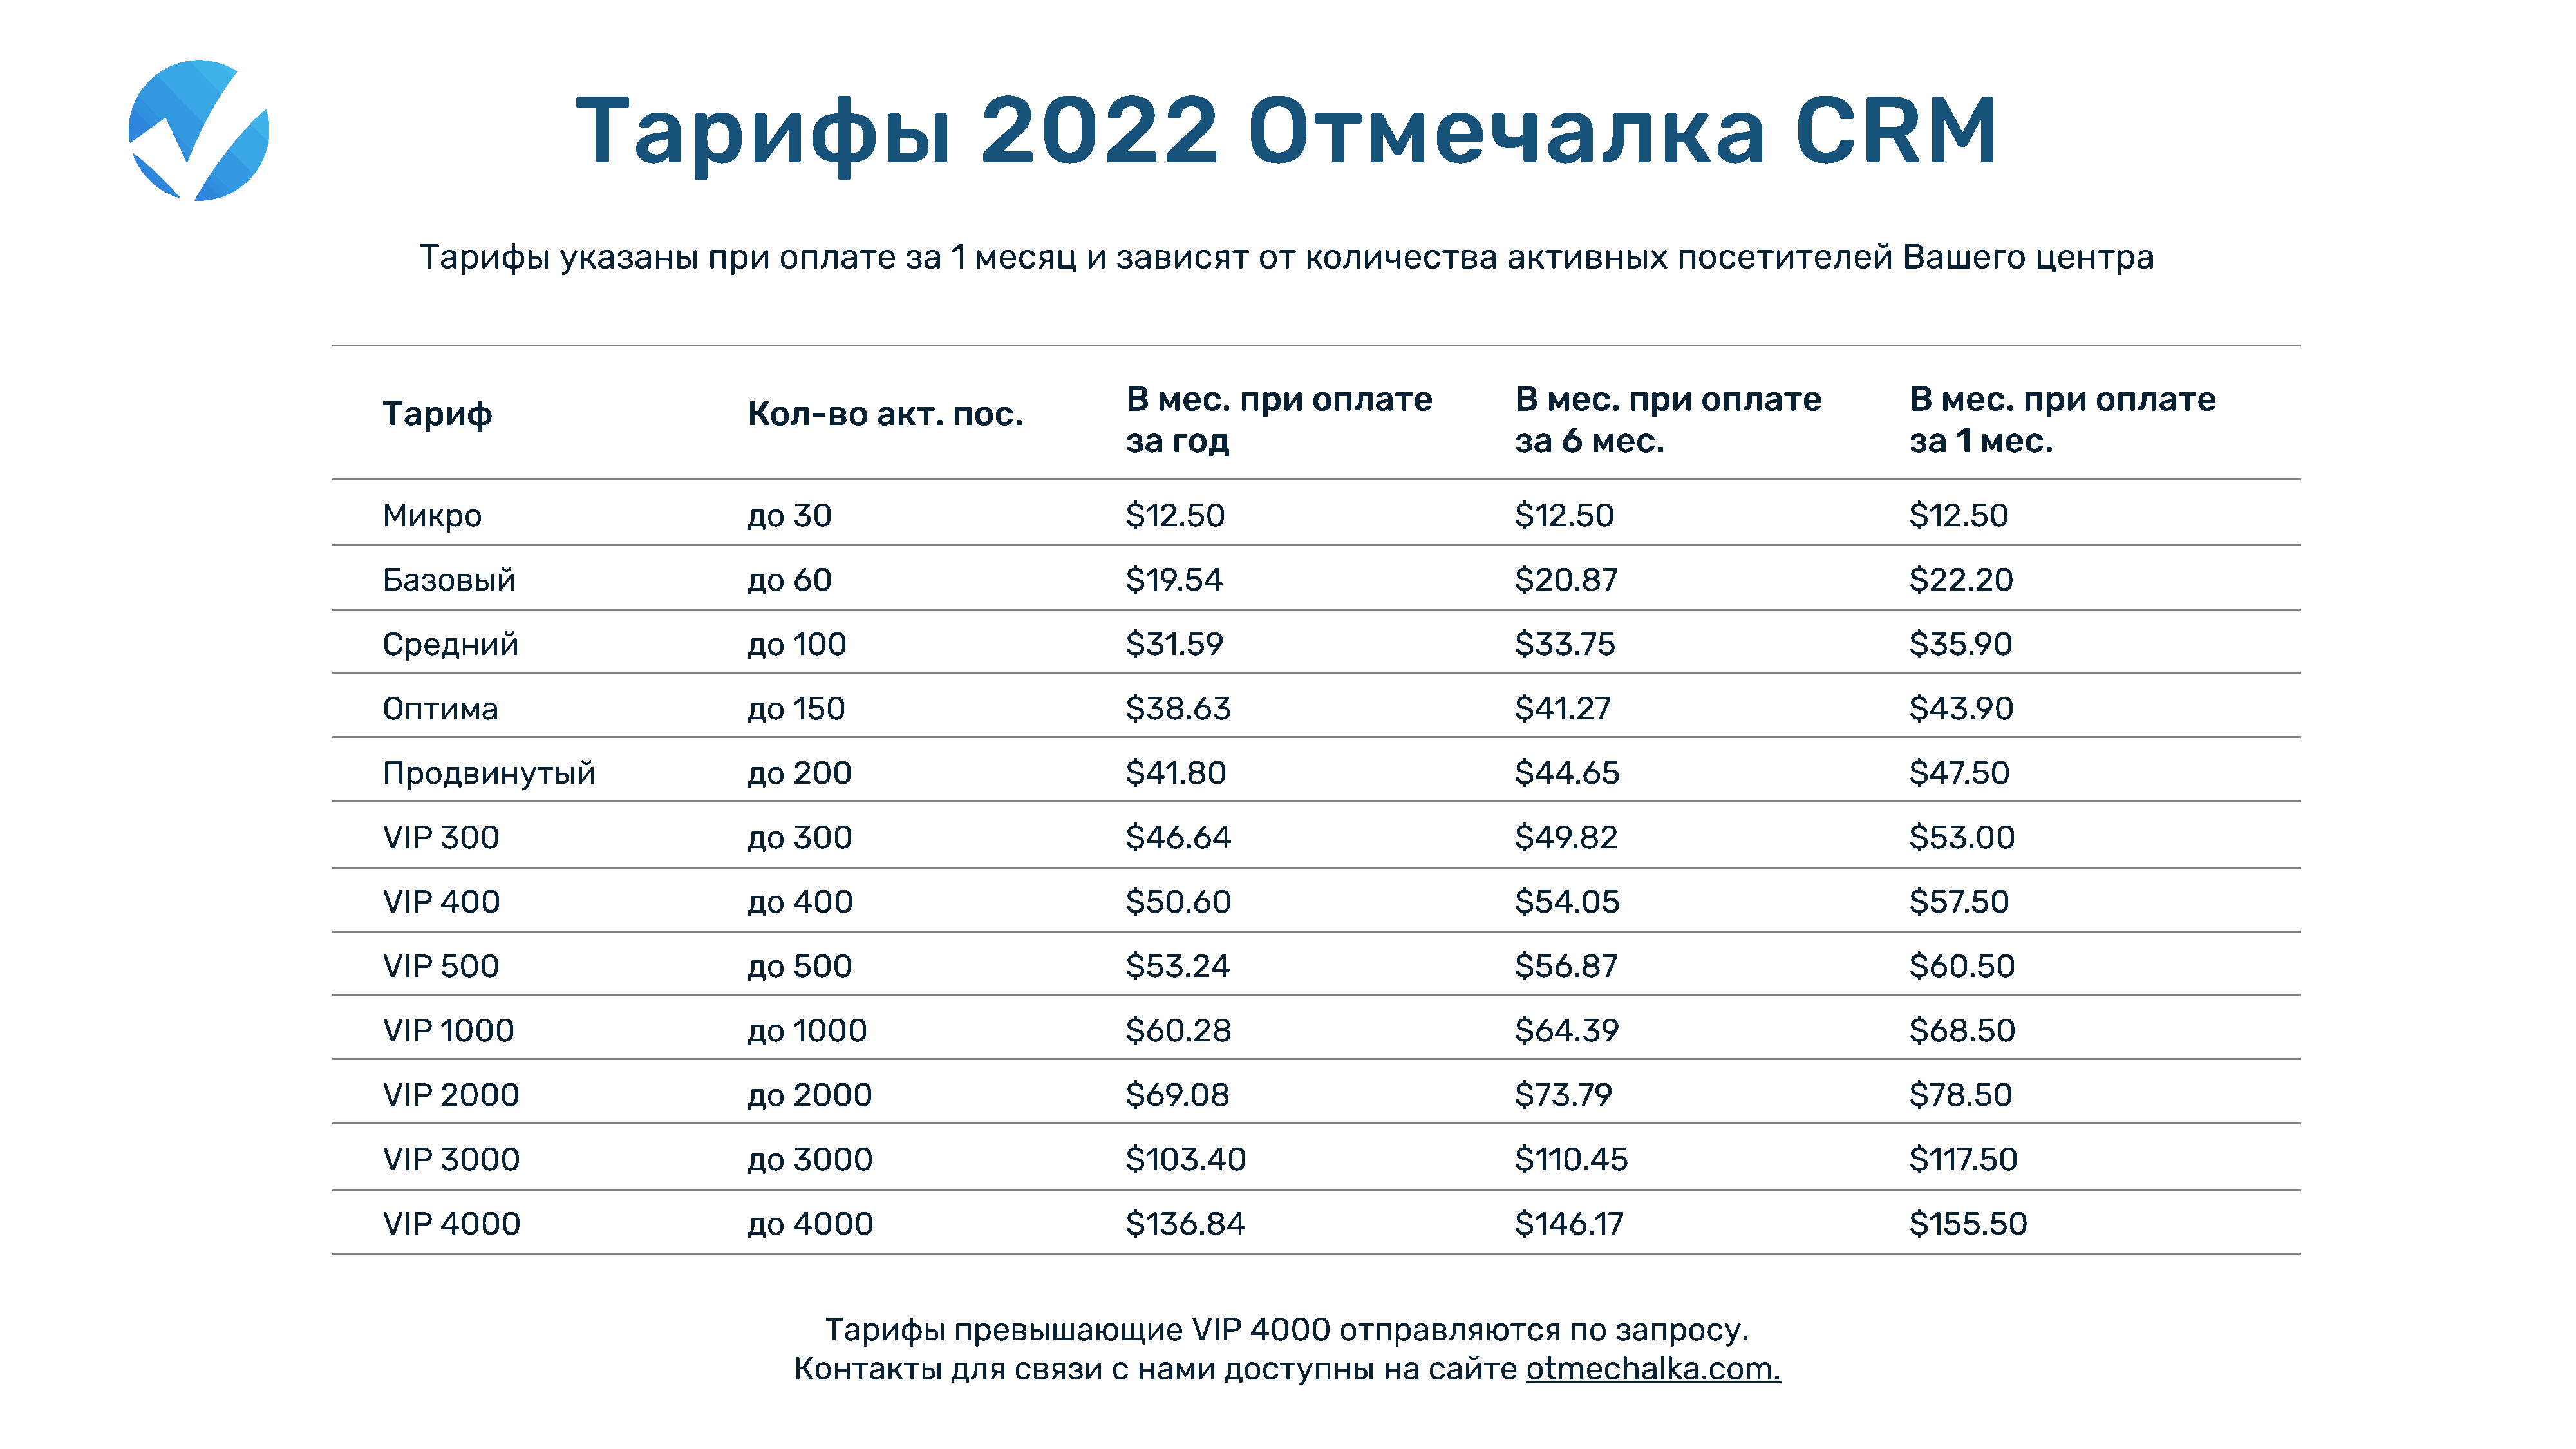
Тарифы                                    2022                       Отмечалка                                               CRM
 Тарифы        указаны         при    оплате       за   1 месяц       и  зависят       от   количества           активных         посетителей             Вашего       центра
 В  мес.    при     оплате
 В  мес.    при     оплате               В   мес.    при    оплате
 Тариф                                 Кол-во       акт.    пос.
 за   год
 за   6  мес.
 за   1  мес.
 Микро
 до   30
 $12.50
 $12.50
 $12.50
 Базовый
 до   60
 $19.54                                  $20.87                                  $22.20
 Средний
 до   100
 $31.59                                  $33.75                                  $35.90
 Оптима
 до   150
 $38.63                                  $41.27                                  $43.90
 Продвинутый
 до   200
 $41.80                                  $44.65                                  $47.50
 VIP   300
 до   300
 $46.64                                  $49.82                                  $53.00
 VIP   400
 до   400
 $50.60                                  $54.05                                  $57.50
 VIP   500
 до   500
 $53.24                                  $56.87                                  $60.50
 VIP   1000
 до   1000
 $60.28                                  $64.39                                  $68.50
 VIP   2000
 до   2000
 $69.08                                  $73.79                                  $78.50
 VIP   3000
 до   3000
 $103.40                                 $110.45                                 $117.50
 VIP   4000
 до   4000
 $136.84                                 $146.17                                 $155.50
 Тарифы       превышающие              VIP   4000     отправляются           по   запросу.
 Контакты        для   связи     с  нами     доступны        на   сайте     otmechalka.com.